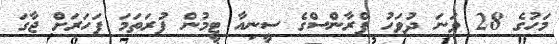
މަހުގެ 28 ވަނަ ދުވަހު ފްރާންސްގެ ސީނިއާ ޓީމުން ފުރަތަމަ ފަހަރަށް ޖާގަ